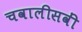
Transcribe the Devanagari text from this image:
चवालीसवीं